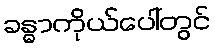
ခန္ဓာကိုယ်ပေါ်တွင်